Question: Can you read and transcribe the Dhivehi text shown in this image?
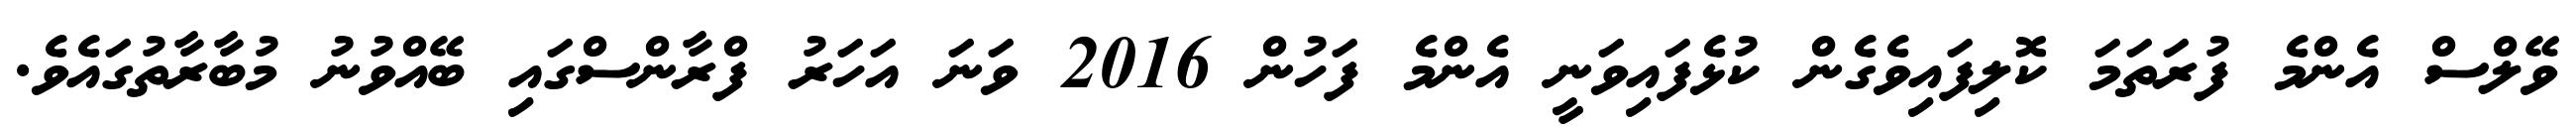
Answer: ވޭލްސް އެންމެ ފުރަތަމަ ކޮލިފައިވެގެން ކުޅެފައިވަނީ އެންމެ ފަހުން 2016 ވަނަ އަހަރު ފްރާންސްގައި ބޭއްވުނު މުބާރާތުގައެވެ.